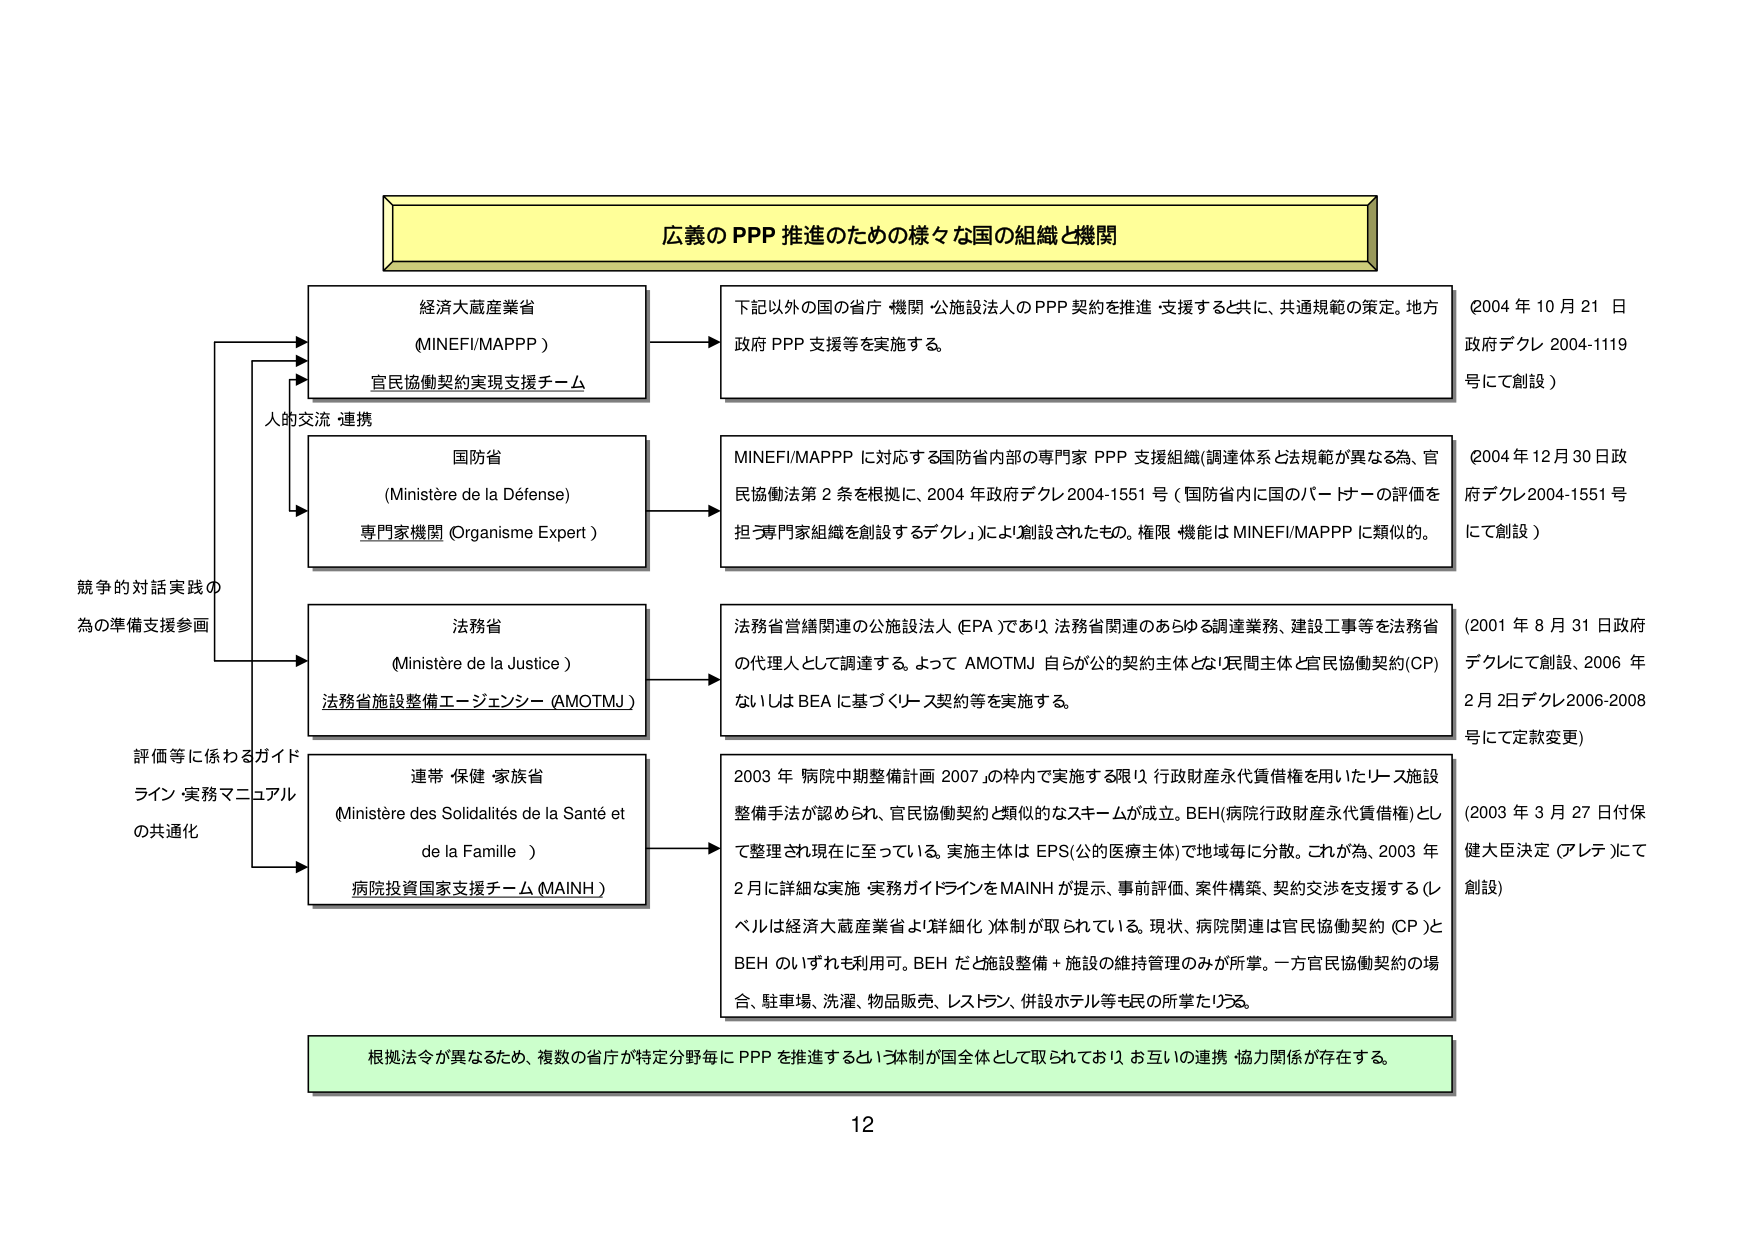
広義のPPP推進のための様々な国の組織と機関

経済大蔵産業省
(MINEFI/MAPPP)
官民協働契約実現支援チーム

下記以外の国の省庁・機関・公施設法人のPPP契約を推進・支援すると共に、共通規範の策定。地方
政府PPP支援等を実施する。
(2004年10月21日
政府デクレ2004-1119
号にて創設)

人的交流・連携

国防省
(Ministère de la Défense)
専門家機関 (Organisme Expert)

MINEFI/MAPPPに対応する国防省内部の専門家PPP支援組織(調達体系と法規範が異なる為、官
民協働法第2条を根拠に、2004年政府デクレ2004-1551号（国防省内に国のパートナーの評価を
担う専門家組織を創設するデクレ）により創設されたもの。権限・機能はMINEFI/MAPPPに類似の。
(2004年12月30日政府デクレ2004-1551号
にて創設)

競争的対話実践の
為の準備支援参画

法務省
(Ministère de la Justice)
法務省施設整備エージェンシー (AMOTMJ)

法務省営繕関連の公施設法人 (EPA) であれば、法務省関連のあらゆる調達業務、建設工事等を法務省
の代理人として調達する。よってAMOTMJ自らが公的契約主体となり民間主体と官民協働契約(CP)
ないしはBEAに基づくリース契約等を実施する。
(2001年8月31日政府
デクレにて創設、2006年
2月2日デクレ2006-2008
号にて定款変更)

評価等に係るガイド
ライン・実務マニュアル
の共通化

連帯・保健・家族省
(Ministère des Solidarités de la Santé et
de la Famille)
病院投資国家支援チーム (MAINH)

2003年「病院中期整備計画2007」の枠内で実施する限り、行政財産永代賃借権を用いたリース施設
整備手法が認められ、官民協働契約と類似的なスキームが成立。BEH(病院行政財産永代賃借権)とし
て整理され現在に至っている。実施主体はEPS(公的医療主体)で地域毎に分散。これが為、2003年
2月に詳細な実施・実務ガイドラインをMAINHが提示、事前評価、案件構築、契約交渉を支援する(レ
ベルは経済大蔵産業省より詳細化)体制が取られている。現状、病院関連は官民協働契約(CP)と
BEHのいずれも利用可。BEHだと施設整備＋施設の維持管理のみが所掌。一方官民協働契約の場
合、駐車場、洗濯、物品販売、レストラン、併設ホテル等も民の所掌たりうる。
(2003年3月27日付保健大臣決定(アレテ)にて
創設)

根拠法令が異なるため、複数の省庁が特定分野毎にPPPを推進するという体制が国全体として取られており、お互いの連携・協力関係が存在する。

12